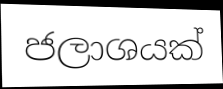
ජලාශයක්